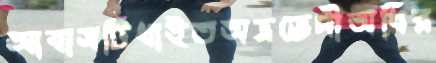
আবাসটিধাইতঅভ্রভেদীঅধির